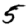
Digit: 5